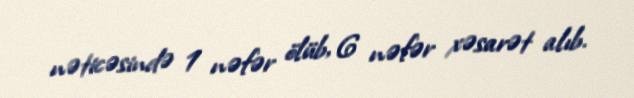
nəticəsində 1 nəfər ölüb, 6 nəfər xəsarət alıb.